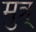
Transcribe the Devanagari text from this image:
मुत्र्